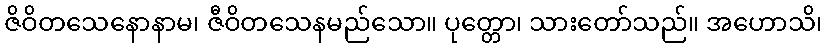
ဇိဝိတသေနောနာမ၊ ဇီဝိတသေနမည်သော။ ပုတ္တော၊ သားတော်သည်။ အဟောသိ၊